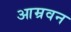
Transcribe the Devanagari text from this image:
आम्रवन